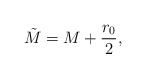
\begin{align*}\tilde{M} = M + \frac{r_0}{2},\end{align*}